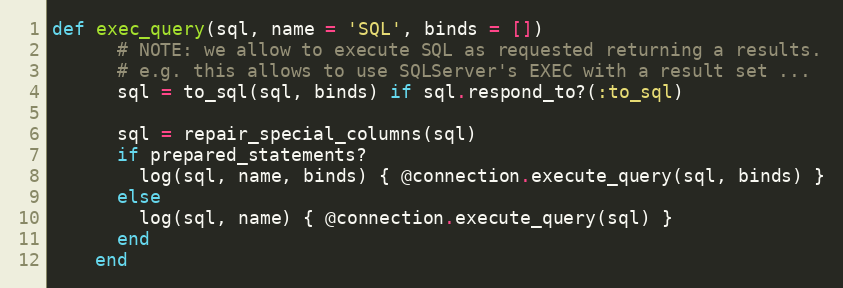
Language: Ruby
def exec_query(sql, name = 'SQL', binds = [])
      # NOTE: we allow to execute SQL as requested returning a results.
      # e.g. this allows to use SQLServer's EXEC with a result set ...
      sql = to_sql(sql, binds) if sql.respond_to?(:to_sql)

      sql = repair_special_columns(sql)
      if prepared_statements?
        log(sql, name, binds) { @connection.execute_query(sql, binds) }
      else
        log(sql, name) { @connection.execute_query(sql) }
      end
    end